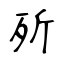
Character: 歽